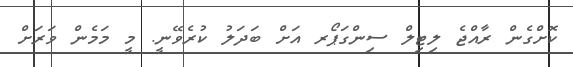
ކޮށްގެން ރާއްޖެ ލިޓިލް ސިންގަޕޯރ އަށް ބަދަލު ކުރެވޭނީ. މީ މަމެން ވަރަށް